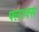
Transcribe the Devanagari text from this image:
फ्लाक्स